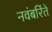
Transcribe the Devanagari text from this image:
नवंबरिंते